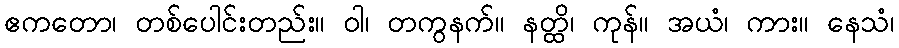
ဧကတော၊ တစ်ပေါင်းတည်း။ ဝါ၊ တကွနက်။ နတ္ထိ၊ ကုန်။ အယံ၊ ကား။ နေသံ၊